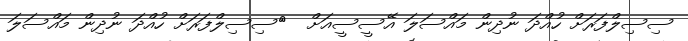
ސިސިލްފަރަށް ހުއްދަ ނުދިން މައްސަލަ އޭސީސީއަށް  	ސިސިލްފަރަށް ހުއްދަ ނުދިން މައްސަލަ